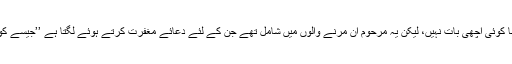
یوں تو مرنے والوں کو برا کہنا کوئی اچھی بات نہیں، لیکن یہ مرحوم ان مرنے والوں میں شامل تھے جن کے لئے دعائے مغفرت کرتے ہوئے لگتا ہے ’’جیسے کوئی گناہ کئے جارہا ہوں میں‘‘۔